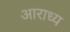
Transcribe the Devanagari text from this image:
अाराध्य